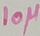
Text: 10µ